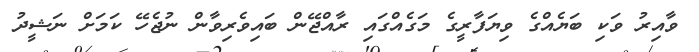
ވާއިރު ވަކި ބަޔެއްގެ ވިޔަފާރީގެ މަގެއްގައި ރާއްޖޭން ބައިވެރިވާން ނުޖެހޭ ކަމަށް ނަޝީދު